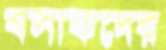
বসাকদের